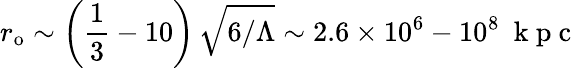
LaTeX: r_{\mathrm{{o}}}\sim\left(\frac{1}{3}-10\right)\, \sqrt{6/\Lambda}\sim 2.6\times 10^{6}-10^{8}~\mathrm{~k~p~c~}